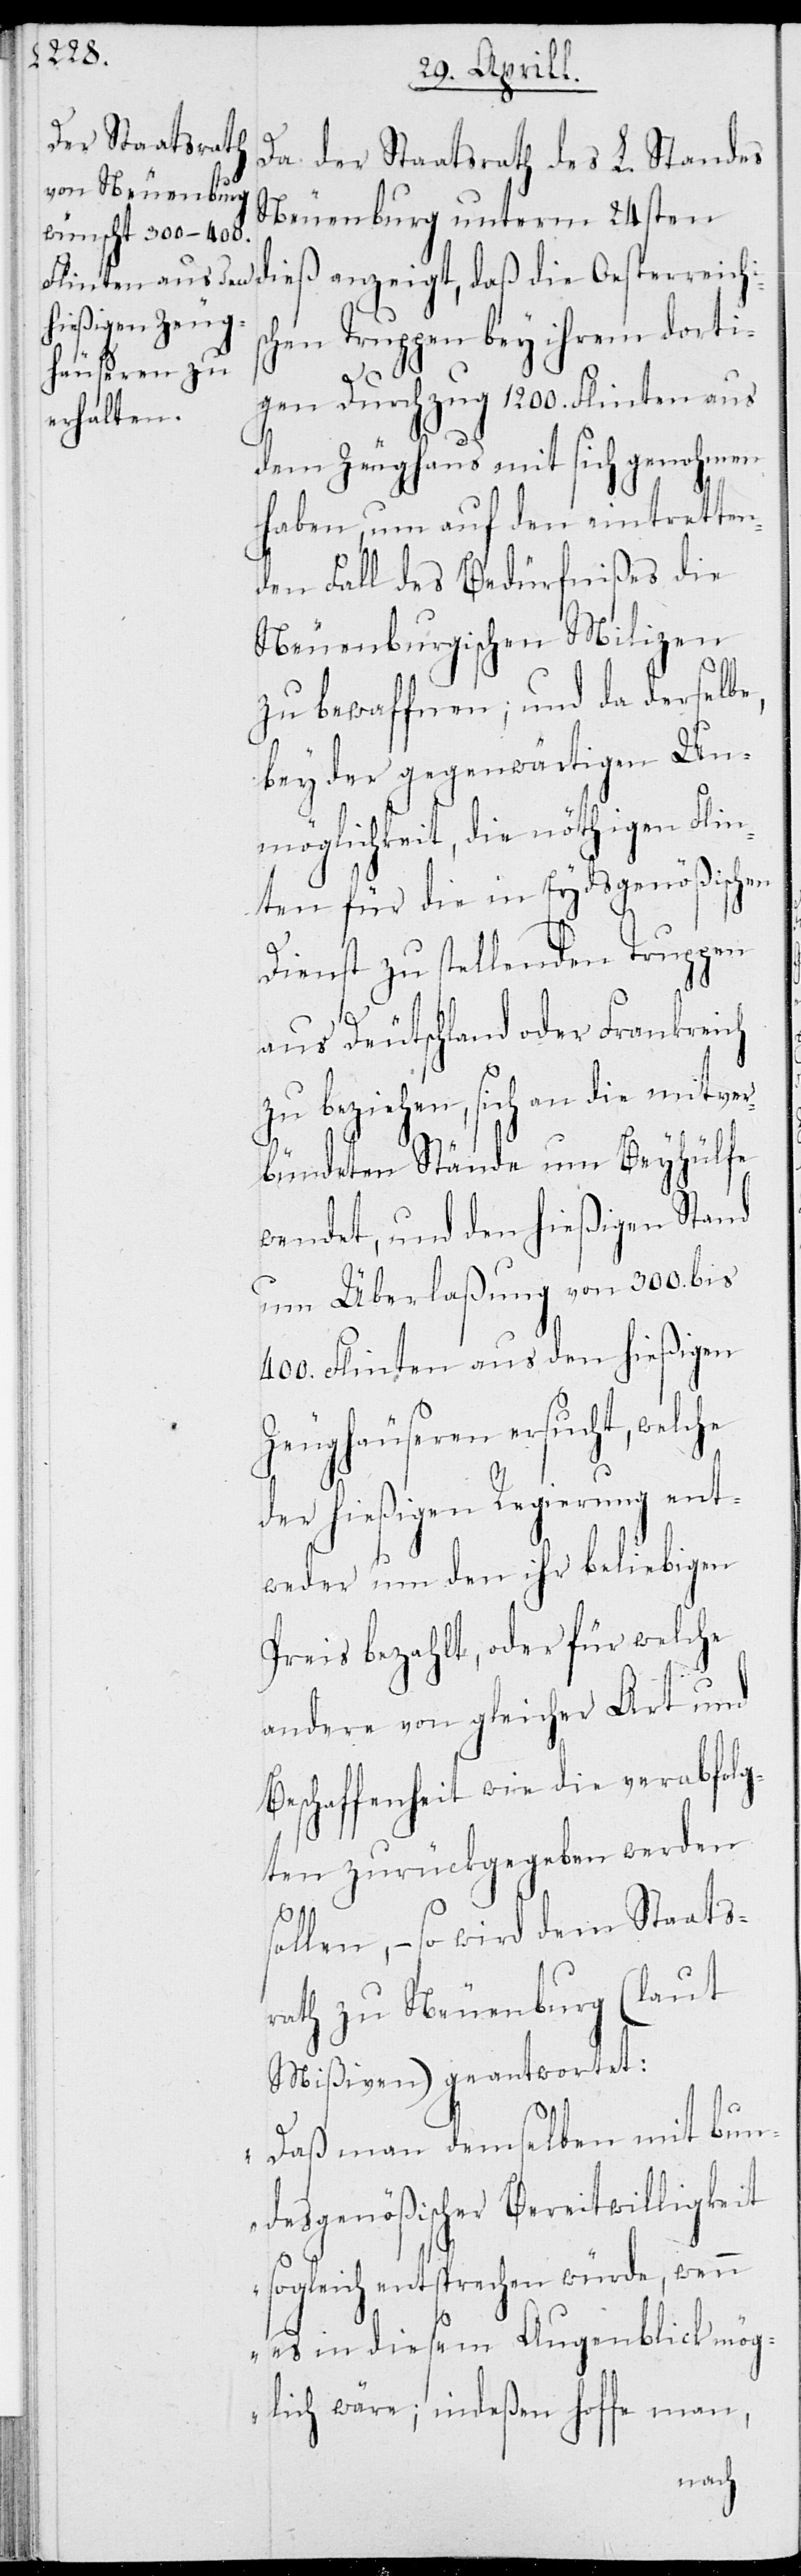
Da der Staatsrath des L. Standes
Neuenburg unterm 24sten
chen Truppen bey ihrem dorti¬
gen Durchzug 1200. Flinten aus
dem Zeughaus mit sich genohmen
haben, um auf den eintretten¬
den Fall des Bedürfnißes die
Neuenburgischen Milizen
zu bewaffnen; und da derselbe,
bey der gegenwärtigen Un¬
möglichkeit, die nöthigen Flin¬
ten für die in Eydsgenößischen
Dienst zu stellenden Truppen
aus Deutschland oder Frankreich
beziehen, sich um die mitve¬
rbündeten Stände um Beyhülfe
wendet, und den hießigen Stand
um Überlaßung von 300. bis
400. Flinten aus den hießigen
Zeughäuseren ersucht, welche
der hießigen Regierung ent¬
weder um den ihr beliebigen
Preis bezahlt, oder für welche
andere der gleichen Art und
Beschaffenheit wie die verabfolg¬
ten zurückgegeben werden
sollen, – so wird dem Staats¬
rath zu Neuenburg (laut
Mißiven) geantwortet:
„Daß man demselben mit bun¬
desgenößischer Bereitwilligkeit
sogleich entsprechen würde, wenn
es in diesem Augenblick mög¬
lich wäre; indeßen hoffe man,